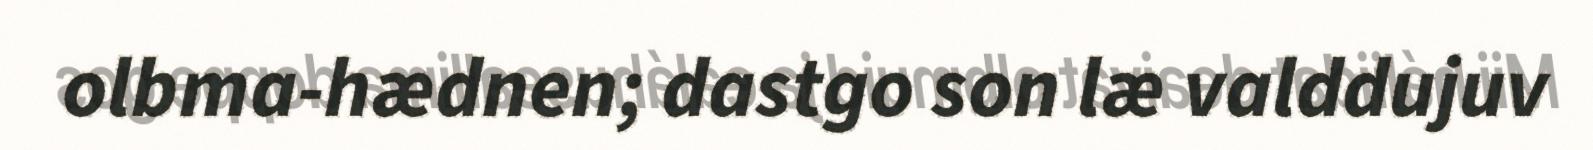
olbma-hædnen; dastgo son læ valddujuv